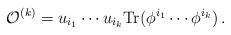
LaTeX: \begin{align*} {\cal O}^{(k)} = u_{i_1} \cdots u_{i_k} \mbox{Tr}(\phi^{i_1} \cdots \phi^{i_k}) \, .\end{align*}